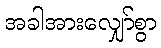
အခါအားလျှော်စွာ